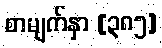
စာမျက်နှာ [၃၈၅]